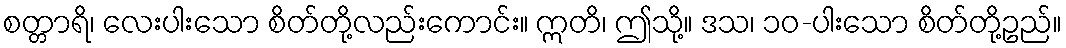
စတ္တာရိ၊ လေးပါးသော စိတ်တို့လည်းကောင်း။ ဣတိ၊ ဤသို့။ ဒသ၊ ၁၀-ပါးသော စိတ်တို့ဥည်။